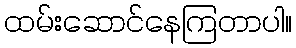
ထမ်းဆောင်နေကြတာပါ။